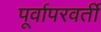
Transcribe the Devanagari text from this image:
पूर्वापरवर्ती